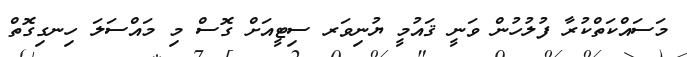
މަސައްކަތްކުރާ ފުލުހުން ވަނީ ޤައުމީ ޔުނިވަރ ސިޓީއަށް ގޮސް މި މައްސަލަ ހިނގިގޮތް